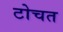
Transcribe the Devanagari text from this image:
टोचत